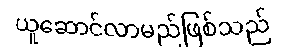
ယူဆောင်လာမည်ဖြစ်သည်